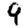
Digit: 9